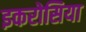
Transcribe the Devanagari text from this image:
इकरोसिया